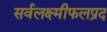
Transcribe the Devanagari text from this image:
सर्वलक्ष्मीफलप्रद